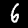
Digit: 6